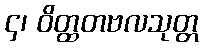
၄၊ ဝိတ္ထတဗလသုတ္တ